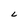
Character: L